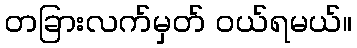
တခြားလက်မှတ် ဝယ်ရမယ်။